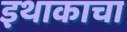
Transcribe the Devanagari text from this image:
इथाकाचा